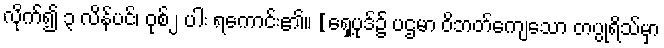
လိုက်၍ ၃ လိန်ပင်၊ ဝုစ်၂ ပါး ရကောင်း၏။ [ရှေ့ပုဒ်၌ ပဌမာ ဝိဘတ်ကျေသော တပ္ပုရိသ်မှာ